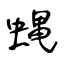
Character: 蝿